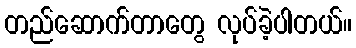
တည်ဆောက်တာတွေ လုပ်ခဲ့ပါတယ်။